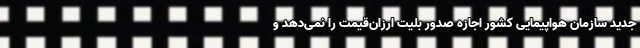
جدید سازمان هواپیمایی کشور اجازه صدور بلیت ارزان‌قیمت را نمی‌دهد و